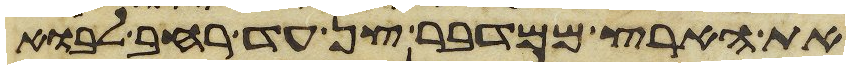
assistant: את הארץ ממדבר צן עד רחב לבוא